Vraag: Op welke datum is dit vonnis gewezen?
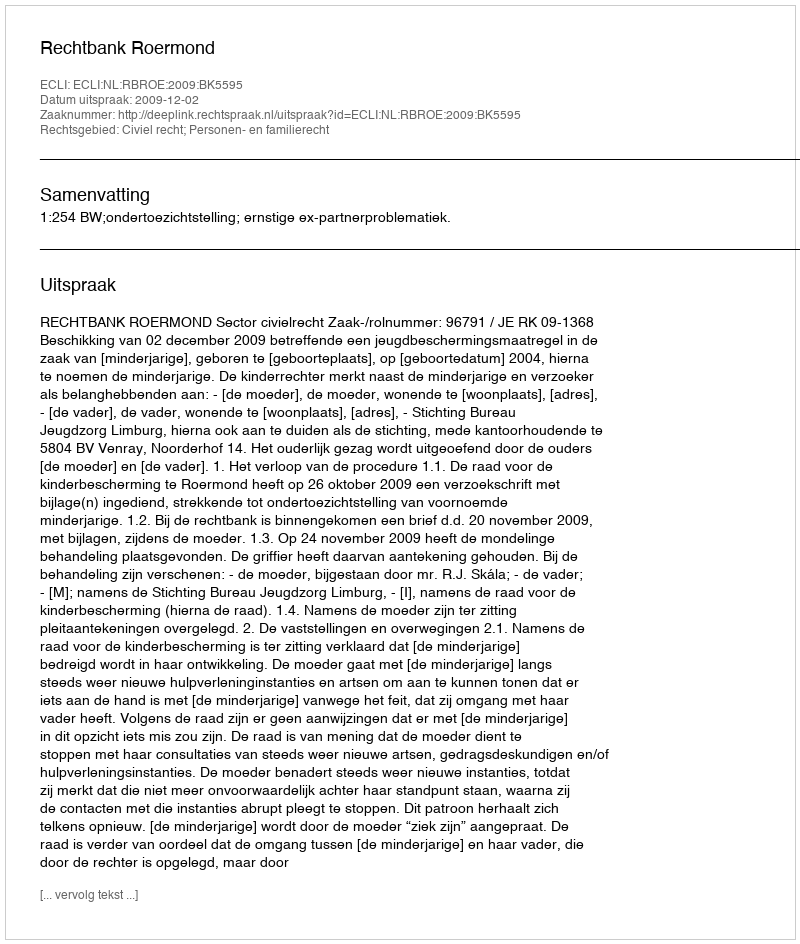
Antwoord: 2009-12-02